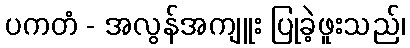
ပကတံ - အလွန်အကျူး ပြုခဲ့ဖူးသည်၊